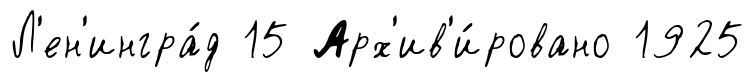
Л'ен'ингра́д 15 Арх'ив'и́ровано 1925